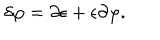
LaTeX: \delta \varphi = \partial \epsilon + \epsilon \partial \varphi .